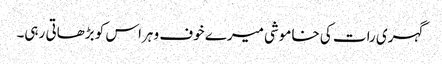
گہری رات کی خاموشی میرے خوف و ہراس کو بڑھاتی رہی۔